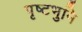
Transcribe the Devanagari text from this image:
पृष्टभुमि